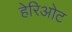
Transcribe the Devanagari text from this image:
हेरिओट